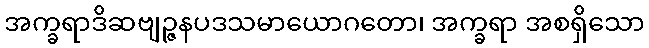
အက္ခရာဒိဆဗျဉ္ဇနပဒသမာယောဂတော၊ အက္ခရာ အစရှိသော